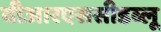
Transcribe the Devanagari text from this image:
वीआरएससीडब्लू